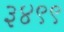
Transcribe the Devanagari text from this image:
३४९९